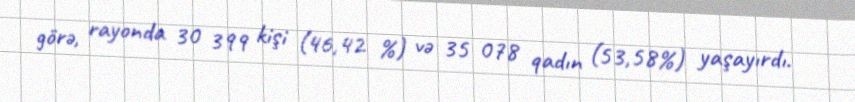
görə, rayonda 30 399 kişi (46,42 %) və 35 078 qadın (53,58%) yaşayırdı.